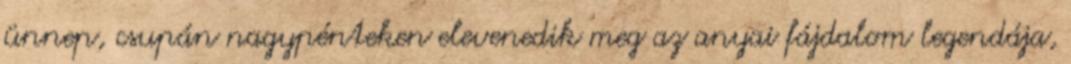
ünnep, csupán nagypénteken elevenedik meg az anyai fájdalom legendája,